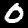
Label: 0